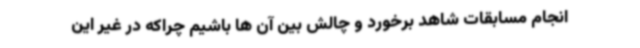
انجام مسابقات شاهد برخورد و چالش بین آن ها باشیم چراکه در غیر این